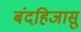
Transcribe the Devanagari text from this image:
बंदहिजासु